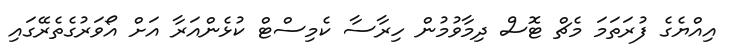
އިއްޔެގެ ފުރަތަމަ މެޗް ޓޮސް ދިމާވުމުން ހިރާސާ ކެމިސްޓް ކުޅެންއަރާ އަށް އޯވަރުގެތެރޭގައި